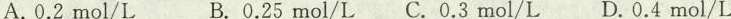
A.0.2mol/LB.0.25mol/LC.0.3mol/LD.0.4mol/L